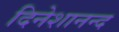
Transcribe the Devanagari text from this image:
दिनेशानन्द